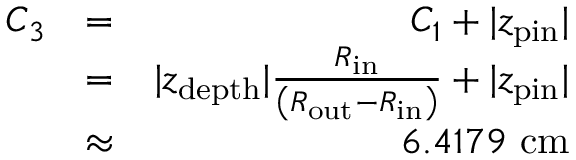
\begin{array} { r l r } { C _ { 3 } } & { = } & { C _ { 1 } + \vert z _ { \mathrm { p i n } } \vert } \\ { \ } & { = } & { \vert z _ { \mathrm { d e p t h } } \vert \frac { R _ { \mathrm { i n } } } { \left( R _ { \mathrm { o u t } } - R _ { \mathrm { i n } } \right) } + \vert z _ { \mathrm { p i n } } \vert } \\ { \ } & { \approx } & { 6 . 4 1 7 9 \ \mathrm { c m } } \end{array}